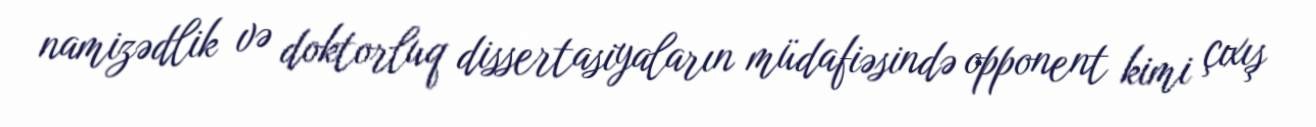
namizədlik və doktorluq dissertasiyaların müdafiəsində opponent kimi çıxış